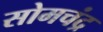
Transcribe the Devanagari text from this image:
सोमचंद्र